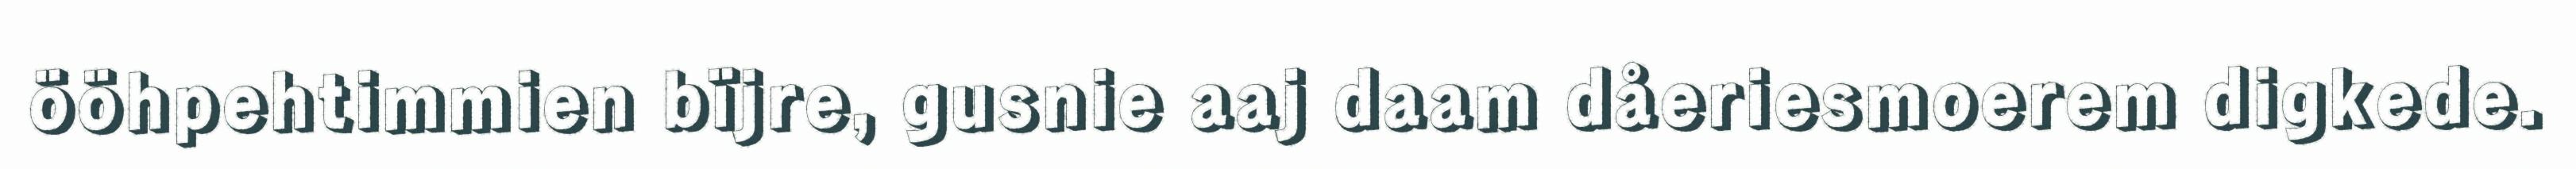
ööhpehtimmien bïjre, gusnie aaj daam dåeriesmoerem digkede.